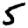
Digit: 5